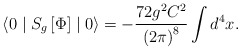
\begin{align*}\langle 0\mid S_g\left[ \Phi \right] \mid 0\rangle=-\frac{72g^2C^2}{\left(2\pi \right) ^8}\int d^4x.\end{align*}